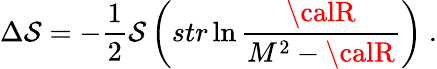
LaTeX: \Delta\mathcal{S}=-\frac{{1}}{{2}}{\cal\mathcal{S}}\left(str\ln\frac{{{\calR}}}{{M^{2}-{\calR}}}\right)\ .